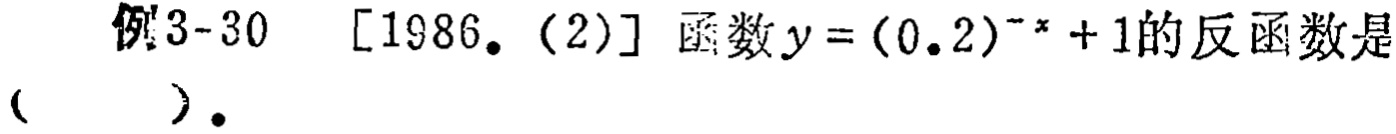
例3-30 [1986.(2)] 函数$y=(0.2)^{-x}+1$的反函数是（  ）.